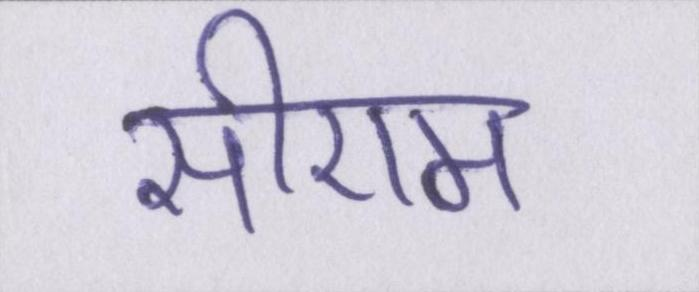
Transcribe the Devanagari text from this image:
सीएम